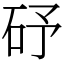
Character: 䂛